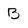
Character: B